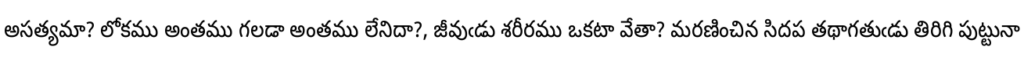
అసత్యమా? లోకము అంతము గలడా అంతము లేనిదా?, జీవుఁడు శరీరము ఒకటా వేతా? మరణించిన సిదప తథాగతుఁడు తిరిగి పుట్టునా